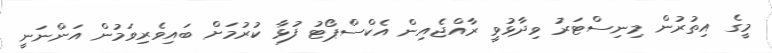
މީގެ އިތުރުން މިނިސްޓަރު ވިދާޅުވީ ރާއްޖެއިން އެކްސްޕޯޓު ފުޅާ ކުރުމަށް ބައިވެރިވަމުން އަންނަނީ